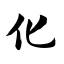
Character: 化